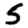
Digit: 5